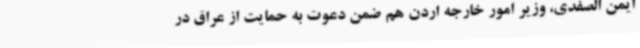
ایمن الصفدی، وزیر امور خارجه اردن هم ضمن دعوت به حمایت از عراق در